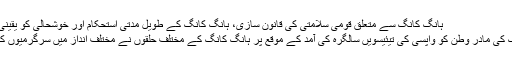
ہانگ کانگ سے متعلق قومی سلامتی کی قانون سازی، ہانگ کانگ کے طویل مدتی استحکام اور خوشحالی کو یقینی بنائے گی
ہانگ کانگ کی مادر وطن کو واپسی کی تیئیسویں سالگرہ کی آمد کے موقع پر ہانگ کانگ کے مختلف حلقوں نے مختلف انداز میں سرگرمیوں کا اہتمام کیا۔